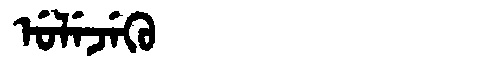
Manchu: ᡠᠯᡝᠵᡝᡴᡠ
Romanization: ULEJEKU